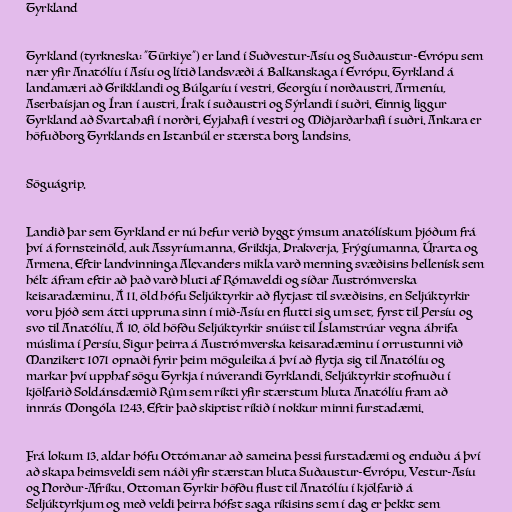
Tyrkland

Tyrkland (tyrkneska: "Türkiye") er land í Suðvestur-Asíu og Suðaustur-Evrópu sem
nær yfir Anatólíu í Asíu og lítið landsvæði á Balkanskaga í Evrópu. Tyrkland á
landamæri að Grikklandi og Búlgaríu í vestri, Georgíu í norðaustri, Armeníu,
Aserbaísjan og Íran í austri, Írak í suðaustri og Sýrlandi í suðri. Einnig liggur
Tyrkland að Svartahafi í norðri, Eyjahafi í vestri og Miðjarðarhafi í suðri. Ankara er
höfuðborg Tyrklands en Istanbúl er stærsta borg landsins.

Söguágrip.

Landið þar sem Tyrkland er nú hefur verið byggt ýmsum anatólískum þjóðum frá
því á fornsteinöld, auk Assyríumanna, Grikkja, Þrakverja, Frýgíumanna, Úrarta og
Armena. Eftir landvinninga Alexanders mikla varð menning svæðisins hellenísk sem
hélt áfram eftir að það varð hluti af Rómaveldi og síðar Austrómverska
keisaradæminu. Á 11. öld hófu Seljúktyrkir að flytjast til svæðisins, en Seljúktyrkir
voru þjóð sem átti uppruna sinn í mið-Asíu en flutti sig um set, fyrst til Persíu og
svo til Anatólíu. Á 10. öld höfðu Seljúktyrkir snúist til Íslamstrúar vegna áhrifa
múslima í Persíu. Sigur þeirra á Austrómverska keisaradæminu í orrustunni við
Manzikert 1071 opnaði fyrir þeim möguleika á því að flytja sig til Anatólíu og
markar því upphaf sögu Tyrkja í núverandi Tyrklandi. Seljúktyrkir stofnuðu í
kjölfarið Soldánsdæmið Rûm sem ríkti yfir stærstum hluta Anatólíu fram að
innrás Mongóla 1243. Eftir það skiptist ríkið í nokkur minni furstadæmi.

Frá lokum 13. aldar hófu Ottómanar að sameina þessi furstadæmi og enduðu á því
að skapa heimsveldi sem náði yfir stærstan hluta Suðaustur-Evrópu, Vestur-Asíu
og Norður-Afríku. Ottoman Tyrkir höfðu flust til Anatólíu í kjölfarið á
Seljúktyrkjum og með veldi þeirra hófst saga ríkisins sem í dag er þekkt sem